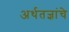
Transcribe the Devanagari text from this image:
अर्थतज्ञांचे